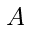
A